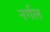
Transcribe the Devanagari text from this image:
नर्गल